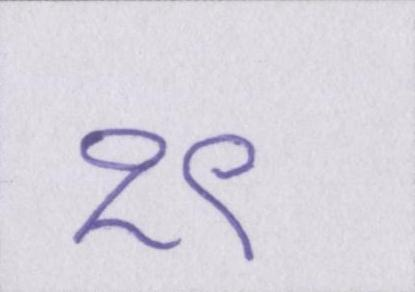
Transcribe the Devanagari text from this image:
१९